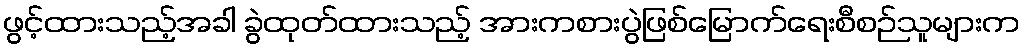
ဖွင့်ထားသည့်အခါ ခွဲထုတ်ထားသည့် အားကစားပွဲဖြစ်မြောက်ရေးစီစဉ်သူများက